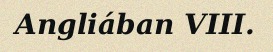
Angliában VIII.